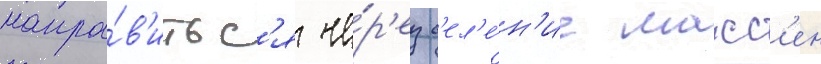
напра́в'итьс'я че́р'ез с'ел'е́н'ие макс'ен